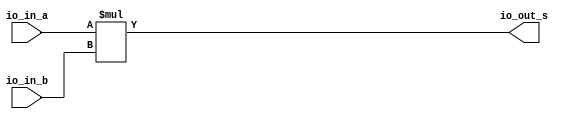
module multiplier(
  input  [23:0] io_in_a,
  input  [23:0] io_in_b,
  output [47:0] io_out_s
);
  assign io_out_s = io_in_a * io_in_b; // @[BinaryDesigns.scala 81:23]
endmodule
module full_subber(
  input  [7:0] io_in_a,
  input  [7:0] io_in_b,
  output [7:0] io_out_s,
  output       io_out_c
);
  wire [8:0] _result_T = io_in_a - io_in_b; // @[BinaryDesigns.scala 69:23]
  wire [9:0] _result_T_2 = _result_T - 9'h0; // @[BinaryDesigns.scala 69:34]
  wire [8:0] result = _result_T_2[8:0]; // @[BinaryDesigns.scala 68:22 69:12]
  assign io_out_s = result[7:0]; // @[BinaryDesigns.scala 70:23]
  assign io_out_c = result[8]; // @[BinaryDesigns.scala 71:23]
endmodule
module twoscomplement(
  input  [7:0] io_in,
  output [7:0] io_out
);
  wire [7:0] _x_T = ~io_in; // @[BinaryDesigns.scala 25:16]
  assign io_out = 8'h1 + _x_T; // @[BinaryDesigns.scala 25:14]
endmodule
module full_adder(
  input  [7:0] io_in_a,
  input  [7:0] io_in_b,
  output [7:0] io_out_s
);
  wire [8:0] _result_T = io_in_a + io_in_b; // @[BinaryDesigns.scala 55:23]
  wire [9:0] _result_T_1 = {{1'd0}, _result_T}; // @[BinaryDesigns.scala 55:34]
  wire [8:0] result = _result_T_1[8:0]; // @[BinaryDesigns.scala 54:22 55:12]
  assign io_out_s = result[7:0]; // @[BinaryDesigns.scala 56:23]
endmodule
module FP_multiplier(
  input         clock,
  input         reset,
  input  [31:0] io_in_a,
  input  [31:0] io_in_b,
  output [31:0] io_out_s
);
`ifdef RANDOMIZE_REG_INIT
  reg [31:0] _RAND_0;
`endif // RANDOMIZE_REG_INIT
  wire [23:0] multiplier_io_in_a; // @[FloatingPointDesigns.scala 289:28]
  wire [23:0] multiplier_io_in_b; // @[FloatingPointDesigns.scala 289:28]
  wire [47:0] multiplier_io_out_s; // @[FloatingPointDesigns.scala 289:28]
  wire [7:0] subber_io_in_a; // @[FloatingPointDesigns.scala 294:24]
  wire [7:0] subber_io_in_b; // @[FloatingPointDesigns.scala 294:24]
  wire [7:0] subber_io_out_s; // @[FloatingPointDesigns.scala 294:24]
  wire  subber_io_out_c; // @[FloatingPointDesigns.scala 294:24]
  wire [7:0] complementN_io_in; // @[FloatingPointDesigns.scala 300:29]
  wire [7:0] complementN_io_out; // @[FloatingPointDesigns.scala 300:29]
  wire [7:0] adderN_io_in_a; // @[FloatingPointDesigns.scala 304:24]
  wire [7:0] adderN_io_in_b; // @[FloatingPointDesigns.scala 304:24]
  wire [7:0] adderN_io_out_s; // @[FloatingPointDesigns.scala 304:24]
  wire  s_0 = io_in_a[31]; // @[FloatingPointDesigns.scala 254:20]
  wire  s_1 = io_in_b[31]; // @[FloatingPointDesigns.scala 255:20]
  wire [8:0] _T_2 = 9'h100 - 9'h2; // @[FloatingPointDesigns.scala 259:62]
  wire [8:0] _GEN_13 = {{1'd0}, io_in_a[30:23]}; // @[FloatingPointDesigns.scala 259:34]
  wire [8:0] _GEN_0 = _GEN_13 > _T_2 ? _T_2 : {{1'd0}, io_in_a[30:23]}; // @[FloatingPointDesigns.scala 259:68 260:14 262:14]
  wire [8:0] _GEN_14 = {{1'd0}, io_in_b[30:23]}; // @[FloatingPointDesigns.scala 264:34]
  wire [8:0] _GEN_1 = _GEN_14 > _T_2 ? _T_2 : {{1'd0}, io_in_b[30:23]}; // @[FloatingPointDesigns.scala 264:68 265:14 267:14]
  wire [22:0] exp_check_0 = {{15'd0}, io_in_a[30:23]}; // @[FloatingPointDesigns.scala 270:25 271:18]
  wire [22:0] _cond_holder_T_1 = exp_check_0 + 23'h1; // @[FloatingPointDesigns.scala 275:34]
  wire [22:0] exp_check_1 = {{15'd0}, io_in_b[30:23]}; // @[FloatingPointDesigns.scala 270:25 272:18]
  wire [22:0] _cond_holder_T_3 = 23'h7f - exp_check_1; // @[FloatingPointDesigns.scala 275:80]
  wire [22:0] _cond_holder_T_4 = ~_cond_holder_T_3; // @[FloatingPointDesigns.scala 275:42]
  wire [22:0] _cond_holder_T_6 = _cond_holder_T_1 + _cond_holder_T_4; // @[FloatingPointDesigns.scala 275:40]
  wire [22:0] frac_0 = io_in_a[22:0]; // @[FloatingPointDesigns.scala 279:23]
  wire [22:0] frac_1 = io_in_b[22:0]; // @[FloatingPointDesigns.scala 280:23]
  wire  new_s = s_0 ^ s_1; // @[FloatingPointDesigns.scala 311:19]
  wire [7:0] _new_exp_T_1 = adderN_io_out_s + 8'h1; // @[FloatingPointDesigns.scala 322:34]
  wire [22:0] _cond_holder_T_8 = exp_check_0 + 23'h2; // @[FloatingPointDesigns.scala 324:36]
  wire [22:0] _cond_holder_T_13 = _cond_holder_T_8 + _cond_holder_T_4; // @[FloatingPointDesigns.scala 324:42]
  wire [23:0] _new_mant_T_2 = {multiplier_io_out_s[46:24], 1'h0}; // @[FloatingPointDesigns.scala 330:73]
  wire [7:0] _GEN_2 = multiplier_io_out_s[47] ? _new_exp_T_1 : adderN_io_out_s; // @[FloatingPointDesigns.scala 321:60 322:15 327:15]
  wire [22:0] cond_holder = multiplier_io_out_s[47] ? _cond_holder_T_13 : _cond_holder_T_6; // @[FloatingPointDesigns.scala 321:60 324:19 329:19]
  wire [23:0] _GEN_5 = multiplier_io_out_s[47] ? {{1'd0}, multiplier_io_out_s[46:24]} : _new_mant_T_2; // @[FloatingPointDesigns.scala 321:60 325:16 330:16]
  reg [31:0] reg_out_s; // @[FloatingPointDesigns.scala 332:28]
  wire [22:0] _T_12 = ~cond_holder; // @[FloatingPointDesigns.scala 334:51]
  wire [22:0] _T_14 = 23'h1 + _T_12; // @[FloatingPointDesigns.scala 334:49]
  wire [22:0] _GEN_15 = {{14'd0}, _T_2}; // @[FloatingPointDesigns.scala 334:42]
  wire [8:0] _GEN_6 = cond_holder > _GEN_15 ? _T_2 : {{1'd0}, _GEN_2}; // @[FloatingPointDesigns.scala 339:63 340:17]
  wire [8:0] _GEN_9 = _GEN_15 >= _T_14 ? 9'h1 : _GEN_6; // @[FloatingPointDesigns.scala 334:67 335:15]
  wire [7:0] new_exp = _GEN_9[7:0]; // @[FloatingPointDesigns.scala 314:23]
  wire [23:0] _new_mant_T_4 = 24'h800000 - 24'h1; // @[FloatingPointDesigns.scala 341:47]
  wire [23:0] _GEN_7 = cond_holder > _GEN_15 ? _new_mant_T_4 : _GEN_5; // @[FloatingPointDesigns.scala 339:63 341:18]
  wire [23:0] _GEN_10 = _GEN_15 >= _T_14 ? 24'h400000 : _GEN_7; // @[FloatingPointDesigns.scala 334:67 336:16]
  wire [22:0] new_mant = _GEN_10[22:0]; // @[FloatingPointDesigns.scala 316:24]
  wire [31:0] _reg_out_s_T_1 = {new_s,new_exp,new_mant}; // @[FloatingPointDesigns.scala 337:37]
  wire [7:0] exp_0 = _GEN_0[7:0]; // @[FloatingPointDesigns.scala 258:19]
  wire [7:0] exp_1 = _GEN_1[7:0]; // @[FloatingPointDesigns.scala 258:19]
  multiplier multiplier ( // @[FloatingPointDesigns.scala 289:28]
    .io_in_a(multiplier_io_in_a),
    .io_in_b(multiplier_io_in_b),
    .io_out_s(multiplier_io_out_s)
  );
  full_subber subber ( // @[FloatingPointDesigns.scala 294:24]
    .io_in_a(subber_io_in_a),
    .io_in_b(subber_io_in_b),
    .io_out_s(subber_io_out_s),
    .io_out_c(subber_io_out_c)
  );
  twoscomplement complementN ( // @[FloatingPointDesigns.scala 300:29]
    .io_in(complementN_io_in),
    .io_out(complementN_io_out)
  );
  full_adder adderN ( // @[FloatingPointDesigns.scala 304:24]
    .io_in_a(adderN_io_in_a),
    .io_in_b(adderN_io_in_b),
    .io_out_s(adderN_io_out_s)
  );
  assign io_out_s = reg_out_s; // @[FloatingPointDesigns.scala 349:14]
  assign multiplier_io_in_a = {1'h1,frac_0}; // @[FloatingPointDesigns.scala 284:24]
  assign multiplier_io_in_b = {1'h1,frac_1}; // @[FloatingPointDesigns.scala 285:24]
  assign subber_io_in_a = 8'h7f; // @[FloatingPointDesigns.scala 295:20]
  assign subber_io_in_b = _GEN_1[7:0]; // @[FloatingPointDesigns.scala 258:19]
  assign complementN_io_in = subber_io_out_s; // @[FloatingPointDesigns.scala 301:23]
  assign adderN_io_in_a = _GEN_0[7:0]; // @[FloatingPointDesigns.scala 258:19]
  assign adderN_io_in_b = complementN_io_out; // @[FloatingPointDesigns.scala 306:20]
  always @(posedge clock) begin
    if (reset) begin // @[FloatingPointDesigns.scala 332:28]
      reg_out_s <= 32'h0; // @[FloatingPointDesigns.scala 332:28]
    end else if (exp_0 == 8'h0 | exp_1 == 8'h0) begin // @[FloatingPointDesigns.scala 344:43]
      reg_out_s <= 32'h0; // @[FloatingPointDesigns.scala 345:17]
    end else begin
      reg_out_s <= _reg_out_s_T_1; // @[FloatingPointDesigns.scala 347:17]
    end
  end
// Register and memory initialization
`ifdef RANDOMIZE_GARBAGE_ASSIGN
`define RANDOMIZE
`endif
`ifdef RANDOMIZE_INVALID_ASSIGN
`define RANDOMIZE
`endif
`ifdef RANDOMIZE_REG_INIT
`define RANDOMIZE
`endif
`ifdef RANDOMIZE_MEM_INIT
`define RANDOMIZE
`endif
`ifndef RANDOM
`define RANDOM $random
`endif
`ifdef RANDOMIZE_MEM_INIT
  integer initvar;
`endif
`ifndef SYNTHESIS
`ifdef FIRRTL_BEFORE_INITIAL
`FIRRTL_BEFORE_INITIAL
`endif
initial begin
  `ifdef RANDOMIZE
    `ifdef INIT_RANDOM
      `INIT_RANDOM
    `endif
    `ifndef VERILATOR
      `ifdef RANDOMIZE_DELAY
        #`RANDOMIZE_DELAY begin end
      `else
        #0.002 begin end
      `endif
    `endif
`ifdef RANDOMIZE_REG_INIT
  _RAND_0 = {1{`RANDOM}};
  reg_out_s = _RAND_0[31:0];
`endif // RANDOMIZE_REG_INIT
  `endif // RANDOMIZE
end // initial
`ifdef FIRRTL_AFTER_INITIAL
`FIRRTL_AFTER_INITIAL
`endif
`endif // SYNTHESIS
endmodule
module full_adder_2(
  input  [23:0] io_in_a,
  input  [23:0] io_in_b,
  output [23:0] io_out_s,
  output        io_out_c
);
  wire [24:0] _result_T = io_in_a + io_in_b; // @[BinaryDesigns.scala 55:23]
  wire [25:0] _result_T_1 = {{1'd0}, _result_T}; // @[BinaryDesigns.scala 55:34]
  wire [24:0] result = _result_T_1[24:0]; // @[BinaryDesigns.scala 54:22 55:12]
  assign io_out_s = result[23:0]; // @[BinaryDesigns.scala 56:23]
  assign io_out_c = result[24]; // @[BinaryDesigns.scala 57:23]
endmodule
module twoscomplement_3(
  input  [23:0] io_in,
  output [23:0] io_out
);
  wire [23:0] _x_T = ~io_in; // @[BinaryDesigns.scala 25:16]
  assign io_out = 24'h1 + _x_T; // @[BinaryDesigns.scala 25:14]
endmodule
module shifter(
  input  [23:0] io_in_a,
  input  [4:0]  io_in_b,
  output [23:0] io_out_s
);
  wire [23:0] _result_T = io_in_a >> io_in_b; // @[BinaryDesigns.scala 39:25]
  wire [54:0] _GEN_0 = {{31'd0}, _result_T}; // @[BinaryDesigns.scala 38:26 39:14 41:14]
  assign io_out_s = _GEN_0[23:0]; // @[BinaryDesigns.scala 36:22]
endmodule
module leadingOneDetector(
  input  [23:0] io_in,
  output [4:0]  io_out
);
  wire [1:0] _hotValue_T = io_in[1] ? 2'h2 : 2'h1; // @[Mux.scala 47:70]
  wire [1:0] _hotValue_T_1 = io_in[2] ? 2'h3 : _hotValue_T; // @[Mux.scala 47:70]
  wire [2:0] _hotValue_T_2 = io_in[3] ? 3'h4 : {{1'd0}, _hotValue_T_1}; // @[Mux.scala 47:70]
  wire [2:0] _hotValue_T_3 = io_in[4] ? 3'h5 : _hotValue_T_2; // @[Mux.scala 47:70]
  wire [2:0] _hotValue_T_4 = io_in[5] ? 3'h6 : _hotValue_T_3; // @[Mux.scala 47:70]
  wire [2:0] _hotValue_T_5 = io_in[6] ? 3'h7 : _hotValue_T_4; // @[Mux.scala 47:70]
  wire [3:0] _hotValue_T_6 = io_in[7] ? 4'h8 : {{1'd0}, _hotValue_T_5}; // @[Mux.scala 47:70]
  wire [3:0] _hotValue_T_7 = io_in[8] ? 4'h9 : _hotValue_T_6; // @[Mux.scala 47:70]
  wire [3:0] _hotValue_T_8 = io_in[9] ? 4'ha : _hotValue_T_7; // @[Mux.scala 47:70]
  wire [3:0] _hotValue_T_9 = io_in[10] ? 4'hb : _hotValue_T_8; // @[Mux.scala 47:70]
  wire [3:0] _hotValue_T_10 = io_in[11] ? 4'hc : _hotValue_T_9; // @[Mux.scala 47:70]
  wire [3:0] _hotValue_T_11 = io_in[12] ? 4'hd : _hotValue_T_10; // @[Mux.scala 47:70]
  wire [3:0] _hotValue_T_12 = io_in[13] ? 4'he : _hotValue_T_11; // @[Mux.scala 47:70]
  wire [3:0] _hotValue_T_13 = io_in[14] ? 4'hf : _hotValue_T_12; // @[Mux.scala 47:70]
  wire [4:0] _hotValue_T_14 = io_in[15] ? 5'h10 : {{1'd0}, _hotValue_T_13}; // @[Mux.scala 47:70]
  wire [4:0] _hotValue_T_15 = io_in[16] ? 5'h11 : _hotValue_T_14; // @[Mux.scala 47:70]
  wire [4:0] _hotValue_T_16 = io_in[17] ? 5'h12 : _hotValue_T_15; // @[Mux.scala 47:70]
  wire [4:0] _hotValue_T_17 = io_in[18] ? 5'h13 : _hotValue_T_16; // @[Mux.scala 47:70]
  wire [4:0] _hotValue_T_18 = io_in[19] ? 5'h14 : _hotValue_T_17; // @[Mux.scala 47:70]
  wire [4:0] _hotValue_T_19 = io_in[20] ? 5'h15 : _hotValue_T_18; // @[Mux.scala 47:70]
  wire [4:0] _hotValue_T_20 = io_in[21] ? 5'h16 : _hotValue_T_19; // @[Mux.scala 47:70]
  wire [4:0] _hotValue_T_21 = io_in[22] ? 5'h17 : _hotValue_T_20; // @[Mux.scala 47:70]
  assign io_out = io_in[23] ? 5'h18 : _hotValue_T_21; // @[Mux.scala 47:70]
endmodule
module FP_adder(
  input         clock,
  input         reset,
  input  [31:0] io_in_b,
  output [31:0] io_out_s
);
`ifdef RANDOMIZE_REG_INIT
  reg [31:0] _RAND_0;
`endif // RANDOMIZE_REG_INIT
  wire [7:0] subber_io_in_a; // @[FloatingPointDesigns.scala 78:24]
  wire [7:0] subber_io_in_b; // @[FloatingPointDesigns.scala 78:24]
  wire [7:0] subber_io_out_s; // @[FloatingPointDesigns.scala 78:24]
  wire  subber_io_out_c; // @[FloatingPointDesigns.scala 78:24]
  wire [7:0] complement_io_in; // @[FloatingPointDesigns.scala 84:28]
  wire [7:0] complement_io_out; // @[FloatingPointDesigns.scala 84:28]
  wire [23:0] adder_io_in_a; // @[FloatingPointDesigns.scala 88:23]
  wire [23:0] adder_io_in_b; // @[FloatingPointDesigns.scala 88:23]
  wire [23:0] adder_io_out_s; // @[FloatingPointDesigns.scala 88:23]
  wire  adder_io_out_c; // @[FloatingPointDesigns.scala 88:23]
  wire [23:0] complementN_0_io_in; // @[FloatingPointDesigns.scala 94:31]
  wire [23:0] complementN_0_io_out; // @[FloatingPointDesigns.scala 94:31]
  wire [23:0] complementN_1_io_in; // @[FloatingPointDesigns.scala 96:31]
  wire [23:0] complementN_1_io_out; // @[FloatingPointDesigns.scala 96:31]
  wire [23:0] shifter_io_in_a; // @[FloatingPointDesigns.scala 100:25]
  wire [4:0] shifter_io_in_b; // @[FloatingPointDesigns.scala 100:25]
  wire [23:0] shifter_io_out_s; // @[FloatingPointDesigns.scala 100:25]
  wire [23:0] complementN_2_io_in; // @[FloatingPointDesigns.scala 145:31]
  wire [23:0] complementN_2_io_out; // @[FloatingPointDesigns.scala 145:31]
  wire [23:0] leadingOneFinder_io_in; // @[FloatingPointDesigns.scala 165:34]
  wire [4:0] leadingOneFinder_io_out; // @[FloatingPointDesigns.scala 165:34]
  wire [7:0] subber2_io_in_a; // @[FloatingPointDesigns.scala 167:25]
  wire [7:0] subber2_io_in_b; // @[FloatingPointDesigns.scala 167:25]
  wire [7:0] subber2_io_out_s; // @[FloatingPointDesigns.scala 167:25]
  wire  subber2_io_out_c; // @[FloatingPointDesigns.scala 167:25]
  wire  sign_1 = io_in_b[31]; // @[FloatingPointDesigns.scala 41:23]
  wire [8:0] _T_2 = 9'h100 - 9'h2; // @[FloatingPointDesigns.scala 45:62]
  wire [8:0] _GEN_0 = 9'h7f > _T_2 ? _T_2 : 9'h7f; // @[FloatingPointDesigns.scala 45:68 46:14 48:14]
  wire [8:0] _GEN_31 = {{1'd0}, io_in_b[30:23]}; // @[FloatingPointDesigns.scala 50:34]
  wire [8:0] _GEN_1 = _GEN_31 > _T_2 ? _T_2 : {{1'd0}, io_in_b[30:23]}; // @[FloatingPointDesigns.scala 50:68 51:14 53:14]
  wire [22:0] frac_1 = io_in_b[22:0]; // @[FloatingPointDesigns.scala 59:23]
  wire [23:0] whole_frac_1 = {1'h1,frac_1}; // @[FloatingPointDesigns.scala 64:26]
  wire [7:0] exp_1 = _GEN_1[7:0]; // @[FloatingPointDesigns.scala 44:19]
  wire [7:0] exp_0 = _GEN_0[7:0]; // @[FloatingPointDesigns.scala 44:19]
  wire [7:0] out_exp = subber_io_out_c ? exp_1 : exp_0; // @[FloatingPointDesigns.scala 106:34 107:15 117:15]
  wire [7:0] sub_exp = subber_io_out_c ? complement_io_out : subber_io_out_s; // @[FloatingPointDesigns.scala 106:34 108:15 118:15]
  wire  out_s = subber_io_out_c & sign_1; // @[FloatingPointDesigns.scala 106:34 109:13 119:13]
  wire [22:0] out_frac = subber_io_out_c ? frac_1 : 23'h400000; // @[FloatingPointDesigns.scala 106:34 110:16 120:16]
  wire [23:0] _GEN_9 = subber_io_out_c ? whole_frac_1 : shifter_io_out_s; // @[FloatingPointDesigns.scala 106:34 90:19 124:21]
  wire  _T_10 = ~sign_1; // @[FloatingPointDesigns.scala 129:37]
  wire  _new_s_T = ~adder_io_out_c; // @[FloatingPointDesigns.scala 140:15]
  wire  D = _new_s_T | sign_1; // @[FloatingPointDesigns.scala 153:28]
  wire  E = _new_s_T & ~adder_io_out_s[23] | _new_s_T & _T_10 | adder_io_out_c & adder_io_out_s[23] & sign_1; // @[FloatingPointDesigns.scala 156:99]
  wire  new_s = sub_exp >= 8'h17 ? out_s : ~adder_io_out_c & sign_1; // @[FloatingPointDesigns.scala 140:11 175:39 176:13]
  wire [23:0] adder_result = new_s & sign_1 ? complementN_2_io_out : adder_io_out_s; // @[FloatingPointDesigns.scala 159:18 160:47 161:20]
  wire [4:0] _subber2_io_in_b_T_1 = 5'h18 - leadingOneFinder_io_out; // @[FloatingPointDesigns.scala 169:42]
  wire [8:0] _GEN_32 = {{1'd0}, out_exp}; // @[FloatingPointDesigns.scala 183:20]
  wire [23:0] _new_out_frac_T_2 = 24'h800000 - 24'h1; // @[FloatingPointDesigns.scala 185:51]
  wire [7:0] _new_out_exp_T_3 = out_exp + 8'h1; // @[FloatingPointDesigns.scala 187:32]
  wire [8:0] _GEN_13 = _GEN_32 == _T_2 ? _T_2 : {{1'd0}, _new_out_exp_T_3}; // @[FloatingPointDesigns.scala 183:56 184:21 187:21]
  wire [23:0] _GEN_14 = _GEN_32 == _T_2 ? _new_out_frac_T_2 : {{1'd0}, adder_result[23:1]}; // @[FloatingPointDesigns.scala 183:56 185:22 188:22]
  wire [53:0] _GEN_2 = {{31'd0}, adder_result[22:0]}; // @[FloatingPointDesigns.scala 199:57]
  wire [53:0] _new_out_frac_T_7 = _GEN_2 << _subber2_io_in_b_T_1; // @[FloatingPointDesigns.scala 199:57]
  wire [7:0] _GEN_15 = subber2_io_out_c ? 8'h1 : subber2_io_out_s; // @[FloatingPointDesigns.scala 194:39 195:23 198:23]
  wire [53:0] _GEN_16 = subber2_io_out_c ? 54'h400000 : _new_out_frac_T_7; // @[FloatingPointDesigns.scala 194:39 196:24 199:24]
  wire [7:0] _GEN_17 = leadingOneFinder_io_out == 5'h1 & adder_result == 24'h0 & (sign_1 & 31'h3fc00000 == io_in_b[30:0]
    ) ? 8'h0 : _GEN_15; // @[FloatingPointDesigns.scala 191:141 192:21]
  wire [53:0] _GEN_18 = leadingOneFinder_io_out == 5'h1 & adder_result == 24'h0 & (sign_1 & 31'h3fc00000 == io_in_b[30:0
    ]) ? 54'h0 : _GEN_16; // @[FloatingPointDesigns.scala 191:141 141:18]
  wire [7:0] _GEN_19 = D ? _GEN_17 : 8'h0; // @[FloatingPointDesigns.scala 142:17 190:26]
  wire [53:0] _GEN_20 = D ? _GEN_18 : 54'h0; // @[FloatingPointDesigns.scala 141:18 190:26]
  wire [8:0] _GEN_21 = ~D ? _GEN_13 : {{1'd0}, _GEN_19}; // @[FloatingPointDesigns.scala 182:26]
  wire [53:0] _GEN_22 = ~D ? {{30'd0}, _GEN_14} : _GEN_20; // @[FloatingPointDesigns.scala 182:26]
  wire [8:0] _GEN_23 = E ? {{1'd0}, out_exp} : _GEN_21; // @[FloatingPointDesigns.scala 179:26 180:19]
  wire [53:0] _GEN_24 = E ? {{31'd0}, adder_result[22:0]} : _GEN_22; // @[FloatingPointDesigns.scala 179:26 181:20]
  wire [53:0] _GEN_26 = sub_exp >= 8'h17 ? {{31'd0}, out_frac} : _GEN_24; // @[FloatingPointDesigns.scala 175:39 177:20]
  wire [8:0] _GEN_27 = sub_exp >= 8'h17 ? {{1'd0}, out_exp} : _GEN_23; // @[FloatingPointDesigns.scala 175:39 178:19]
  reg [31:0] reg_out_s; // @[FloatingPointDesigns.scala 203:28]
  wire [7:0] new_out_exp = _GEN_27[7:0]; // @[FloatingPointDesigns.scala 139:27]
  wire [22:0] new_out_frac = _GEN_26[22:0]; // @[FloatingPointDesigns.scala 138:28]
  wire [31:0] _reg_out_s_T_1 = {new_s,new_out_exp,new_out_frac}; // @[FloatingPointDesigns.scala 205:39]
  full_subber subber ( // @[FloatingPointDesigns.scala 78:24]
    .io_in_a(subber_io_in_a),
    .io_in_b(subber_io_in_b),
    .io_out_s(subber_io_out_s),
    .io_out_c(subber_io_out_c)
  );
  twoscomplement complement ( // @[FloatingPointDesigns.scala 84:28]
    .io_in(complement_io_in),
    .io_out(complement_io_out)
  );
  full_adder_2 adder ( // @[FloatingPointDesigns.scala 88:23]
    .io_in_a(adder_io_in_a),
    .io_in_b(adder_io_in_b),
    .io_out_s(adder_io_out_s),
    .io_out_c(adder_io_out_c)
  );
  twoscomplement_3 complementN_0 ( // @[FloatingPointDesigns.scala 94:31]
    .io_in(complementN_0_io_in),
    .io_out(complementN_0_io_out)
  );
  twoscomplement_3 complementN_1 ( // @[FloatingPointDesigns.scala 96:31]
    .io_in(complementN_1_io_in),
    .io_out(complementN_1_io_out)
  );
  shifter shifter ( // @[FloatingPointDesigns.scala 100:25]
    .io_in_a(shifter_io_in_a),
    .io_in_b(shifter_io_in_b),
    .io_out_s(shifter_io_out_s)
  );
  twoscomplement_3 complementN_2 ( // @[FloatingPointDesigns.scala 145:31]
    .io_in(complementN_2_io_in),
    .io_out(complementN_2_io_out)
  );
  leadingOneDetector leadingOneFinder ( // @[FloatingPointDesigns.scala 165:34]
    .io_in(leadingOneFinder_io_in),
    .io_out(leadingOneFinder_io_out)
  );
  full_subber subber2 ( // @[FloatingPointDesigns.scala 167:25]
    .io_in_a(subber2_io_in_a),
    .io_in_b(subber2_io_in_b),
    .io_out_s(subber2_io_out_s),
    .io_out_c(subber2_io_out_c)
  );
  assign io_out_s = reg_out_s; // @[FloatingPointDesigns.scala 207:14]
  assign subber_io_in_a = _GEN_0[7:0]; // @[FloatingPointDesigns.scala 44:19]
  assign subber_io_in_b = _GEN_1[7:0]; // @[FloatingPointDesigns.scala 44:19]
  assign complement_io_in = subber_io_out_s; // @[FloatingPointDesigns.scala 85:22]
  assign adder_io_in_a = subber_io_out_c ? shifter_io_out_s : 24'hc00000; // @[FloatingPointDesigns.scala 106:34 114:21 89:19]
  assign adder_io_in_b = sign_1 ? complementN_1_io_out : _GEN_9; // @[FloatingPointDesigns.scala 133:45 134:21]
  assign complementN_0_io_in = subber_io_out_c ? shifter_io_out_s : 24'hc00000; // @[FloatingPointDesigns.scala 106:34 114:21 89:19]
  assign complementN_1_io_in = subber_io_out_c ? whole_frac_1 : shifter_io_out_s; // @[FloatingPointDesigns.scala 106:34 90:19 124:21]
  assign shifter_io_in_a = subber_io_out_c ? 24'hc00000 : whole_frac_1; // @[FloatingPointDesigns.scala 106:34 111:23 121:23]
  assign shifter_io_in_b = sub_exp[4:0];
  assign complementN_2_io_in = adder_io_out_s; // @[FloatingPointDesigns.scala 146:25]
  assign leadingOneFinder_io_in = new_s & sign_1 ? complementN_2_io_out : adder_io_out_s; // @[FloatingPointDesigns.scala 159:18 160:47 161:20]
  assign subber2_io_in_a = subber_io_out_c ? exp_1 : exp_0; // @[FloatingPointDesigns.scala 106:34 107:15 117:15]
  assign subber2_io_in_b = {{3'd0}, _subber2_io_in_b_T_1}; // @[FloatingPointDesigns.scala 169:21]
  always @(posedge clock) begin
    if (reset) begin // @[FloatingPointDesigns.scala 203:28]
      reg_out_s <= 32'h0; // @[FloatingPointDesigns.scala 203:28]
    end else begin
      reg_out_s <= _reg_out_s_T_1; // @[FloatingPointDesigns.scala 205:15]
    end
  end
// Register and memory initialization
`ifdef RANDOMIZE_GARBAGE_ASSIGN
`define RANDOMIZE
`endif
`ifdef RANDOMIZE_INVALID_ASSIGN
`define RANDOMIZE
`endif
`ifdef RANDOMIZE_REG_INIT
`define RANDOMIZE
`endif
`ifdef RANDOMIZE_MEM_INIT
`define RANDOMIZE
`endif
`ifndef RANDOM
`define RANDOM $random
`endif
`ifdef RANDOMIZE_MEM_INIT
  integer initvar;
`endif
`ifndef SYNTHESIS
`ifdef FIRRTL_BEFORE_INITIAL
`FIRRTL_BEFORE_INITIAL
`endif
initial begin
  `ifdef RANDOMIZE
    `ifdef INIT_RANDOM
      `INIT_RANDOM
    `endif
    `ifndef VERILATOR
      `ifdef RANDOMIZE_DELAY
        #`RANDOMIZE_DELAY begin end
      `else
        #0.002 begin end
      `endif
    `endif
`ifdef RANDOMIZE_REG_INIT
  _RAND_0 = {1{`RANDOM}};
  reg_out_s = _RAND_0[31:0];
`endif // RANDOMIZE_REG_INIT
  `endif // RANDOMIZE
end // initial
`ifdef FIRRTL_AFTER_INITIAL
`FIRRTL_AFTER_INITIAL
`endif
`endif // SYNTHESIS
endmodule
module FP_subber(
  input         clock,
  input         reset,
  input  [31:0] io_in_b,
  output [31:0] io_out_s
);
  wire  FP_adder_clock; // @[FloatingPointDesigns.scala 219:26]
  wire  FP_adder_reset; // @[FloatingPointDesigns.scala 219:26]
  wire [31:0] FP_adder_io_in_b; // @[FloatingPointDesigns.scala 219:26]
  wire [31:0] FP_adder_io_out_s; // @[FloatingPointDesigns.scala 219:26]
  wire  _adjusted_in_b_T_1 = ~io_in_b[31]; // @[FloatingPointDesigns.scala 222:23]
  FP_adder FP_adder ( // @[FloatingPointDesigns.scala 219:26]
    .clock(FP_adder_clock),
    .reset(FP_adder_reset),
    .io_in_b(FP_adder_io_in_b),
    .io_out_s(FP_adder_io_out_s)
  );
  assign io_out_s = FP_adder_io_out_s; // @[FloatingPointDesigns.scala 225:14]
  assign FP_adder_clock = clock;
  assign FP_adder_reset = reset;
  assign FP_adder_io_in_b = {_adjusted_in_b_T_1,io_in_b[30:0]}; // @[FloatingPointDesigns.scala 222:39]
endmodule
module FP_square_root(
  input         clock,
  input         reset,
  input  [31:0] io_in_a,
  output [31:0] io_out_s
);
`ifdef RANDOMIZE_REG_INIT
  reg [31:0] _RAND_0;
  reg [31:0] _RAND_1;
  reg [31:0] _RAND_2;
  reg [31:0] _RAND_3;
  reg [31:0] _RAND_4;
  reg [31:0] _RAND_5;
  reg [31:0] _RAND_6;
  reg [31:0] _RAND_7;
  reg [31:0] _RAND_8;
  reg [31:0] _RAND_9;
  reg [31:0] _RAND_10;
  reg [31:0] _RAND_11;
  reg [31:0] _RAND_12;
  reg [31:0] _RAND_13;
  reg [31:0] _RAND_14;
  reg [31:0] _RAND_15;
  reg [31:0] _RAND_16;
  reg [31:0] _RAND_17;
  reg [31:0] _RAND_18;
  reg [31:0] _RAND_19;
`endif // RANDOMIZE_REG_INIT
  wire  multiplier1_clock; // @[FloatingPointDesigns.scala 571:29]
  wire  multiplier1_reset; // @[FloatingPointDesigns.scala 571:29]
  wire [31:0] multiplier1_io_in_a; // @[FloatingPointDesigns.scala 571:29]
  wire [31:0] multiplier1_io_in_b; // @[FloatingPointDesigns.scala 571:29]
  wire [31:0] multiplier1_io_out_s; // @[FloatingPointDesigns.scala 571:29]
  wire  multiplier2_clock; // @[FloatingPointDesigns.scala 581:29]
  wire  multiplier2_reset; // @[FloatingPointDesigns.scala 581:29]
  wire [31:0] multiplier2_io_in_a; // @[FloatingPointDesigns.scala 581:29]
  wire [31:0] multiplier2_io_in_b; // @[FloatingPointDesigns.scala 581:29]
  wire [31:0] multiplier2_io_out_s; // @[FloatingPointDesigns.scala 581:29]
  wire  sub_clock; // @[FloatingPointDesigns.scala 592:21]
  wire  sub_reset; // @[FloatingPointDesigns.scala 592:21]
  wire [31:0] sub_io_in_b; // @[FloatingPointDesigns.scala 592:21]
  wire [31:0] sub_io_out_s; // @[FloatingPointDesigns.scala 592:21]
  wire  multiplier3_clock; // @[FloatingPointDesigns.scala 600:29]
  wire  multiplier3_reset; // @[FloatingPointDesigns.scala 600:29]
  wire [31:0] multiplier3_io_in_a; // @[FloatingPointDesigns.scala 600:29]
  wire [31:0] multiplier3_io_in_b; // @[FloatingPointDesigns.scala 600:29]
  wire [31:0] multiplier3_io_out_s; // @[FloatingPointDesigns.scala 600:29]
  wire  multiplier5_clock; // @[FloatingPointDesigns.scala 611:29]
  wire  multiplier5_reset; // @[FloatingPointDesigns.scala 611:29]
  wire [31:0] multiplier5_io_in_a; // @[FloatingPointDesigns.scala 611:29]
  wire [31:0] multiplier5_io_in_b; // @[FloatingPointDesigns.scala 611:29]
  wire [31:0] multiplier5_io_out_s; // @[FloatingPointDesigns.scala 611:29]
  wire  multiplier6_clock; // @[FloatingPointDesigns.scala 620:29]
  wire  multiplier6_reset; // @[FloatingPointDesigns.scala 620:29]
  wire [31:0] multiplier6_io_in_a; // @[FloatingPointDesigns.scala 620:29]
  wire [31:0] multiplier6_io_in_b; // @[FloatingPointDesigns.scala 620:29]
  wire [31:0] multiplier6_io_out_s; // @[FloatingPointDesigns.scala 620:29]
  wire  sub2_clock; // @[FloatingPointDesigns.scala 629:22]
  wire  sub2_reset; // @[FloatingPointDesigns.scala 629:22]
  wire [31:0] sub2_io_in_b; // @[FloatingPointDesigns.scala 629:22]
  wire [31:0] sub2_io_out_s; // @[FloatingPointDesigns.scala 629:22]
  wire  multiplier7_clock; // @[FloatingPointDesigns.scala 638:29]
  wire  multiplier7_reset; // @[FloatingPointDesigns.scala 638:29]
  wire [31:0] multiplier7_io_in_a; // @[FloatingPointDesigns.scala 638:29]
  wire [31:0] multiplier7_io_in_b; // @[FloatingPointDesigns.scala 638:29]
  wire [31:0] multiplier7_io_out_s; // @[FloatingPointDesigns.scala 638:29]
  wire  multiplier4_clock; // @[FloatingPointDesigns.scala 645:29]
  wire  multiplier4_reset; // @[FloatingPointDesigns.scala 645:29]
  wire [31:0] multiplier4_io_in_a; // @[FloatingPointDesigns.scala 645:29]
  wire [31:0] multiplier4_io_in_b; // @[FloatingPointDesigns.scala 645:29]
  wire [31:0] multiplier4_io_out_s; // @[FloatingPointDesigns.scala 645:29]
  wire [30:0] _number_T_1 = {{1'd0}, io_in_a[30:1]}; // @[FloatingPointDesigns.scala 548:36]
  wire [30:0] _GEN_0 = io_in_a[30:0] > 31'h7ef477d4 ? 31'h3f7a3bea : _number_T_1; // @[FloatingPointDesigns.scala 545:46 546:14 548:14]
  wire [31:0] number = {{1'd0}, _GEN_0}; // @[FloatingPointDesigns.scala 542:22]
  wire [31:0] result = 32'h5f3759df - number; // @[FloatingPointDesigns.scala 556:25]
  wire [7:0] exp = io_in_a[30:23] - 8'h1; // @[FloatingPointDesigns.scala 559:38]
  wire [31:0] half_input = {io_in_a[31],exp,io_in_a[22:0]}; // @[FloatingPointDesigns.scala 562:42]
  reg [31:0] half_input_reg_1; // @[FloatingPointDesigns.scala 564:35]
  reg [31:0] result_reg_1; // @[FloatingPointDesigns.scala 566:31]
  reg [31:0] input_reg_1; // @[FloatingPointDesigns.scala 568:30]
  reg [31:0] half_input_reg_2; // @[FloatingPointDesigns.scala 575:35]
  reg [31:0] result_reg_2; // @[FloatingPointDesigns.scala 577:31]
  reg [31:0] input_reg_2; // @[FloatingPointDesigns.scala 579:30]
  reg [31:0] half_input_reg_3; // @[FloatingPointDesigns.scala 586:35]
  reg [31:0] result_reg_3; // @[FloatingPointDesigns.scala 588:31]
  reg [31:0] input_reg_3; // @[FloatingPointDesigns.scala 590:30]
  reg [31:0] half_input_reg_4; // @[FloatingPointDesigns.scala 596:35]
  reg [31:0] input_reg_4; // @[FloatingPointDesigns.scala 598:30]
  reg [31:0] mult3_reg_1; // @[FloatingPointDesigns.scala 605:30]
  reg [31:0] half_input_reg_5; // @[FloatingPointDesigns.scala 607:35]
  reg [31:0] input_reg_5; // @[FloatingPointDesigns.scala 609:30]
  reg [31:0] mult3_reg_2; // @[FloatingPointDesigns.scala 616:30]
  reg [31:0] input_reg_6; // @[FloatingPointDesigns.scala 618:30]
  reg [31:0] mult3_reg_3; // @[FloatingPointDesigns.scala 625:30]
  reg [31:0] input_reg_7; // @[FloatingPointDesigns.scala 627:30]
  reg [31:0] input_reg_8; // @[FloatingPointDesigns.scala 636:30]
  reg [31:0] input_reg_9; // @[FloatingPointDesigns.scala 642:30]
  FP_multiplier multiplier1 ( // @[FloatingPointDesigns.scala 571:29]
    .clock(multiplier1_clock),
    .reset(multiplier1_reset),
    .io_in_a(multiplier1_io_in_a),
    .io_in_b(multiplier1_io_in_b),
    .io_out_s(multiplier1_io_out_s)
  );
  FP_multiplier multiplier2 ( // @[FloatingPointDesigns.scala 581:29]
    .clock(multiplier2_clock),
    .reset(multiplier2_reset),
    .io_in_a(multiplier2_io_in_a),
    .io_in_b(multiplier2_io_in_b),
    .io_out_s(multiplier2_io_out_s)
  );
  FP_subber sub ( // @[FloatingPointDesigns.scala 592:21]
    .clock(sub_clock),
    .reset(sub_reset),
    .io_in_b(sub_io_in_b),
    .io_out_s(sub_io_out_s)
  );
  FP_multiplier multiplier3 ( // @[FloatingPointDesigns.scala 600:29]
    .clock(multiplier3_clock),
    .reset(multiplier3_reset),
    .io_in_a(multiplier3_io_in_a),
    .io_in_b(multiplier3_io_in_b),
    .io_out_s(multiplier3_io_out_s)
  );
  FP_multiplier multiplier5 ( // @[FloatingPointDesigns.scala 611:29]
    .clock(multiplier5_clock),
    .reset(multiplier5_reset),
    .io_in_a(multiplier5_io_in_a),
    .io_in_b(multiplier5_io_in_b),
    .io_out_s(multiplier5_io_out_s)
  );
  FP_multiplier multiplier6 ( // @[FloatingPointDesigns.scala 620:29]
    .clock(multiplier6_clock),
    .reset(multiplier6_reset),
    .io_in_a(multiplier6_io_in_a),
    .io_in_b(multiplier6_io_in_b),
    .io_out_s(multiplier6_io_out_s)
  );
  FP_subber sub2 ( // @[FloatingPointDesigns.scala 629:22]
    .clock(sub2_clock),
    .reset(sub2_reset),
    .io_in_b(sub2_io_in_b),
    .io_out_s(sub2_io_out_s)
  );
  FP_multiplier multiplier7 ( // @[FloatingPointDesigns.scala 638:29]
    .clock(multiplier7_clock),
    .reset(multiplier7_reset),
    .io_in_a(multiplier7_io_in_a),
    .io_in_b(multiplier7_io_in_b),
    .io_out_s(multiplier7_io_out_s)
  );
  FP_multiplier multiplier4 ( // @[FloatingPointDesigns.scala 645:29]
    .clock(multiplier4_clock),
    .reset(multiplier4_reset),
    .io_in_a(multiplier4_io_in_a),
    .io_in_b(multiplier4_io_in_b),
    .io_out_s(multiplier4_io_out_s)
  );
  assign io_out_s = {input_reg_9[31],multiplier4_io_out_s[30:0]}; // @[FloatingPointDesigns.scala 648:37]
  assign multiplier1_clock = clock;
  assign multiplier1_reset = reset;
  assign multiplier1_io_in_a = {1'h0,result[30:0]}; // @[FloatingPointDesigns.scala 572:37]
  assign multiplier1_io_in_b = {1'h0,result[30:0]}; // @[FloatingPointDesigns.scala 573:37]
  assign multiplier2_clock = clock;
  assign multiplier2_reset = reset;
  assign multiplier2_io_in_a = multiplier1_io_out_s; // @[FloatingPointDesigns.scala 582:25]
  assign multiplier2_io_in_b = {1'h0,half_input_reg_1[30:0]}; // @[FloatingPointDesigns.scala 583:37]
  assign sub_clock = clock;
  assign sub_reset = reset;
  assign sub_io_in_b = multiplier2_io_out_s; // @[FloatingPointDesigns.scala 594:17]
  assign multiplier3_clock = clock;
  assign multiplier3_reset = reset;
  assign multiplier3_io_in_a = sub_io_out_s; // @[FloatingPointDesigns.scala 601:25]
  assign multiplier3_io_in_b = {1'h0,result_reg_3[30:0]}; // @[FloatingPointDesigns.scala 602:37]
  assign multiplier5_clock = clock;
  assign multiplier5_reset = reset;
  assign multiplier5_io_in_a = {1'h0,multiplier3_io_out_s[30:0]}; // @[FloatingPointDesigns.scala 612:37]
  assign multiplier5_io_in_b = {1'h0,multiplier3_io_out_s[30:0]}; // @[FloatingPointDesigns.scala 613:37]
  assign multiplier6_clock = clock;
  assign multiplier6_reset = reset;
  assign multiplier6_io_in_a = multiplier5_io_out_s; // @[FloatingPointDesigns.scala 621:25]
  assign multiplier6_io_in_b = {1'h0,half_input_reg_5[30:0]}; // @[FloatingPointDesigns.scala 622:37]
  assign sub2_clock = clock;
  assign sub2_reset = reset;
  assign sub2_io_in_b = multiplier6_io_out_s; // @[FloatingPointDesigns.scala 631:18]
  assign multiplier7_clock = clock;
  assign multiplier7_reset = reset;
  assign multiplier7_io_in_a = sub2_io_out_s; // @[FloatingPointDesigns.scala 639:25]
  assign multiplier7_io_in_b = {1'h0,mult3_reg_3[30:0]}; // @[FloatingPointDesigns.scala 640:37]
  assign multiplier4_clock = clock;
  assign multiplier4_reset = reset;
  assign multiplier4_io_in_a = {input_reg_8[31],multiplier7_io_out_s[30:0]}; // @[FloatingPointDesigns.scala 646:48]
  assign multiplier4_io_in_b = input_reg_8; // @[FloatingPointDesigns.scala 647:25]
  always @(posedge clock) begin
    if (reset) begin // @[FloatingPointDesigns.scala 564:35]
      half_input_reg_1 <= 32'h0; // @[FloatingPointDesigns.scala 564:35]
    end else begin
      half_input_reg_1 <= half_input; // @[FloatingPointDesigns.scala 565:22]
    end
    if (reset) begin // @[FloatingPointDesigns.scala 566:31]
      result_reg_1 <= 32'h0; // @[FloatingPointDesigns.scala 566:31]
    end else begin
      result_reg_1 <= result; // @[FloatingPointDesigns.scala 567:18]
    end
    if (reset) begin // @[FloatingPointDesigns.scala 568:30]
      input_reg_1 <= 32'h0; // @[FloatingPointDesigns.scala 568:30]
    end else begin
      input_reg_1 <= io_in_a; // @[FloatingPointDesigns.scala 569:17]
    end
    if (reset) begin // @[FloatingPointDesigns.scala 575:35]
      half_input_reg_2 <= 32'h0; // @[FloatingPointDesigns.scala 575:35]
    end else begin
      half_input_reg_2 <= half_input_reg_1; // @[FloatingPointDesigns.scala 576:22]
    end
    if (reset) begin // @[FloatingPointDesigns.scala 577:31]
      result_reg_2 <= 32'h0; // @[FloatingPointDesigns.scala 577:31]
    end else begin
      result_reg_2 <= result_reg_1; // @[FloatingPointDesigns.scala 578:18]
    end
    if (reset) begin // @[FloatingPointDesigns.scala 579:30]
      input_reg_2 <= 32'h0; // @[FloatingPointDesigns.scala 579:30]
    end else begin
      input_reg_2 <= input_reg_1; // @[FloatingPointDesigns.scala 580:17]
    end
    if (reset) begin // @[FloatingPointDesigns.scala 586:35]
      half_input_reg_3 <= 32'h0; // @[FloatingPointDesigns.scala 586:35]
    end else begin
      half_input_reg_3 <= half_input_reg_2; // @[FloatingPointDesigns.scala 587:22]
    end
    if (reset) begin // @[FloatingPointDesigns.scala 588:31]
      result_reg_3 <= 32'h0; // @[FloatingPointDesigns.scala 588:31]
    end else begin
      result_reg_3 <= result_reg_2; // @[FloatingPointDesigns.scala 589:18]
    end
    if (reset) begin // @[FloatingPointDesigns.scala 590:30]
      input_reg_3 <= 32'h0; // @[FloatingPointDesigns.scala 590:30]
    end else begin
      input_reg_3 <= input_reg_2; // @[FloatingPointDesigns.scala 591:17]
    end
    if (reset) begin // @[FloatingPointDesigns.scala 596:35]
      half_input_reg_4 <= 32'h0; // @[FloatingPointDesigns.scala 596:35]
    end else begin
      half_input_reg_4 <= half_input_reg_3; // @[FloatingPointDesigns.scala 597:22]
    end
    if (reset) begin // @[FloatingPointDesigns.scala 598:30]
      input_reg_4 <= 32'h0; // @[FloatingPointDesigns.scala 598:30]
    end else begin
      input_reg_4 <= input_reg_3; // @[FloatingPointDesigns.scala 599:17]
    end
    if (reset) begin // @[FloatingPointDesigns.scala 605:30]
      mult3_reg_1 <= 32'h0; // @[FloatingPointDesigns.scala 605:30]
    end else begin
      mult3_reg_1 <= multiplier3_io_out_s; // @[FloatingPointDesigns.scala 606:17]
    end
    if (reset) begin // @[FloatingPointDesigns.scala 607:35]
      half_input_reg_5 <= 32'h0; // @[FloatingPointDesigns.scala 607:35]
    end else begin
      half_input_reg_5 <= half_input_reg_4; // @[FloatingPointDesigns.scala 608:22]
    end
    if (reset) begin // @[FloatingPointDesigns.scala 609:30]
      input_reg_5 <= 32'h0; // @[FloatingPointDesigns.scala 609:30]
    end else begin
      input_reg_5 <= input_reg_4; // @[FloatingPointDesigns.scala 610:17]
    end
    if (reset) begin // @[FloatingPointDesigns.scala 616:30]
      mult3_reg_2 <= 32'h0; // @[FloatingPointDesigns.scala 616:30]
    end else begin
      mult3_reg_2 <= mult3_reg_1; // @[FloatingPointDesigns.scala 617:17]
    end
    if (reset) begin // @[FloatingPointDesigns.scala 618:30]
      input_reg_6 <= 32'h0; // @[FloatingPointDesigns.scala 618:30]
    end else begin
      input_reg_6 <= input_reg_5; // @[FloatingPointDesigns.scala 619:17]
    end
    if (reset) begin // @[FloatingPointDesigns.scala 625:30]
      mult3_reg_3 <= 32'h0; // @[FloatingPointDesigns.scala 625:30]
    end else begin
      mult3_reg_3 <= mult3_reg_2; // @[FloatingPointDesigns.scala 626:17]
    end
    if (reset) begin // @[FloatingPointDesigns.scala 627:30]
      input_reg_7 <= 32'h0; // @[FloatingPointDesigns.scala 627:30]
    end else begin
      input_reg_7 <= input_reg_6; // @[FloatingPointDesigns.scala 628:17]
    end
    if (reset) begin // @[FloatingPointDesigns.scala 636:30]
      input_reg_8 <= 32'h0; // @[FloatingPointDesigns.scala 636:30]
    end else begin
      input_reg_8 <= input_reg_7; // @[FloatingPointDesigns.scala 637:17]
    end
    if (reset) begin // @[FloatingPointDesigns.scala 642:30]
      input_reg_9 <= 32'h0; // @[FloatingPointDesigns.scala 642:30]
    end else begin
      input_reg_9 <= input_reg_8; // @[FloatingPointDesigns.scala 643:17]
    end
  end
// Register and memory initialization
`ifdef RANDOMIZE_GARBAGE_ASSIGN
`define RANDOMIZE
`endif
`ifdef RANDOMIZE_INVALID_ASSIGN
`define RANDOMIZE
`endif
`ifdef RANDOMIZE_REG_INIT
`define RANDOMIZE
`endif
`ifdef RANDOMIZE_MEM_INIT
`define RANDOMIZE
`endif
`ifndef RANDOM
`define RANDOM $random
`endif
`ifdef RANDOMIZE_MEM_INIT
  integer initvar;
`endif
`ifndef SYNTHESIS
`ifdef FIRRTL_BEFORE_INITIAL
`FIRRTL_BEFORE_INITIAL
`endif
initial begin
  `ifdef RANDOMIZE
    `ifdef INIT_RANDOM
      `INIT_RANDOM
    `endif
    `ifndef VERILATOR
      `ifdef RANDOMIZE_DELAY
        #`RANDOMIZE_DELAY begin end
      `else
        #0.002 begin end
      `endif
    `endif
`ifdef RANDOMIZE_REG_INIT
  _RAND_0 = {1{`RANDOM}};
  half_input_reg_1 = _RAND_0[31:0];
  _RAND_1 = {1{`RANDOM}};
  result_reg_1 = _RAND_1[31:0];
  _RAND_2 = {1{`RANDOM}};
  input_reg_1 = _RAND_2[31:0];
  _RAND_3 = {1{`RANDOM}};
  half_input_reg_2 = _RAND_3[31:0];
  _RAND_4 = {1{`RANDOM}};
  result_reg_2 = _RAND_4[31:0];
  _RAND_5 = {1{`RANDOM}};
  input_reg_2 = _RAND_5[31:0];
  _RAND_6 = {1{`RANDOM}};
  half_input_reg_3 = _RAND_6[31:0];
  _RAND_7 = {1{`RANDOM}};
  result_reg_3 = _RAND_7[31:0];
  _RAND_8 = {1{`RANDOM}};
  input_reg_3 = _RAND_8[31:0];
  _RAND_9 = {1{`RANDOM}};
  half_input_reg_4 = _RAND_9[31:0];
  _RAND_10 = {1{`RANDOM}};
  input_reg_4 = _RAND_10[31:0];
  _RAND_11 = {1{`RANDOM}};
  mult3_reg_1 = _RAND_11[31:0];
  _RAND_12 = {1{`RANDOM}};
  half_input_reg_5 = _RAND_12[31:0];
  _RAND_13 = {1{`RANDOM}};
  input_reg_5 = _RAND_13[31:0];
  _RAND_14 = {1{`RANDOM}};
  mult3_reg_2 = _RAND_14[31:0];
  _RAND_15 = {1{`RANDOM}};
  input_reg_6 = _RAND_15[31:0];
  _RAND_16 = {1{`RANDOM}};
  mult3_reg_3 = _RAND_16[31:0];
  _RAND_17 = {1{`RANDOM}};
  input_reg_7 = _RAND_17[31:0];
  _RAND_18 = {1{`RANDOM}};
  input_reg_8 = _RAND_18[31:0];
  _RAND_19 = {1{`RANDOM}};
  input_reg_9 = _RAND_19[31:0];
`endif // RANDOMIZE_REG_INIT
  `endif // RANDOMIZE
end // initial
`ifdef FIRRTL_AFTER_INITIAL
`FIRRTL_AFTER_INITIAL
`endif
`endif // SYNTHESIS
endmodule